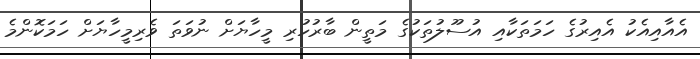
އެއާއިއެކު އެއިރުގެ ހަމަތަކާއި އުސޫލުތަކުގެ މަތީން ބާރުހުރި މީހާޔަށް ނުވަތަ ވެރިމީހާޔަށް ހަމަކޮންމެ